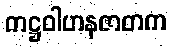
ကဋ္ဌဝါဟနဇာတက